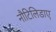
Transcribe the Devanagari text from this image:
नौटिलिडाए